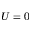
U = 0